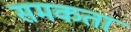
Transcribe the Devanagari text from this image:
समकता